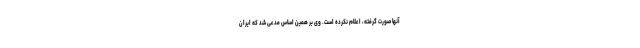
آنها صورت گرفته، اعلام نکرده است. وی بر همین اساس مدعی شد که ایران